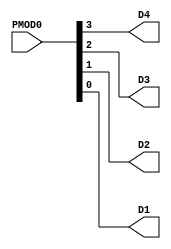
module main (input [3:0] PMOD0, output  D4, output  D3, output  D2, output  D1);
assign D4 = PMOD0[3];
assign D3 = PMOD0[2];
assign D2 = PMOD0[1];
assign D1 = PMOD0[0];
endmodule